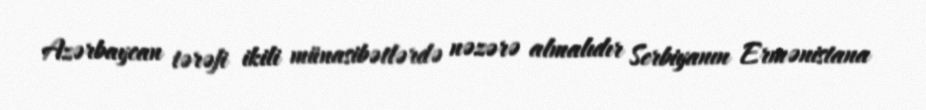
Azərbaycan tərəfi ikili münasibətlərdə nəzərə almalıdır Serbiyanın Ermənistana